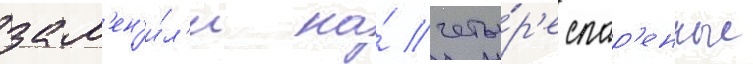
зам'ен'и́л'и на́ четы́р'е спар'енные